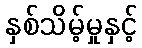
နှစ်သိမ့်မှုနှင့်